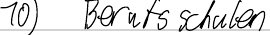
10) Berufsschulen